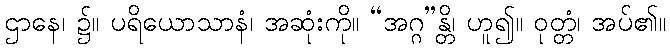
ဌာနေ၊ ၌။ ပရိယောသာနံ၊ အဆုံးကို။ “အဂ္ဂ”န္တိ၊ ဟူ၍။ ဝုတ္တံ၊ အပ်၏။